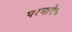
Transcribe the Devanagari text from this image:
परभाषेच